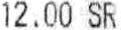
12.00 SR